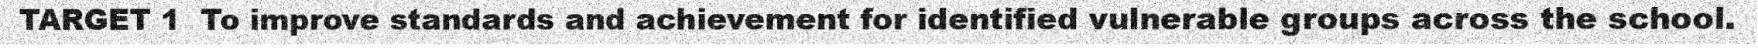
TARGET 1  To improve standards and achievement for identified vulnerable groups across the school.